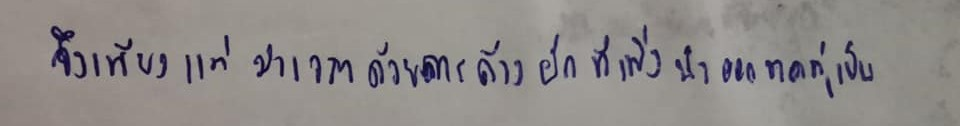
จึงเพียงแต่ฆ่าเวลาด้วยการล้างผักที่เพิ่งนำออกจากตู้เย็น